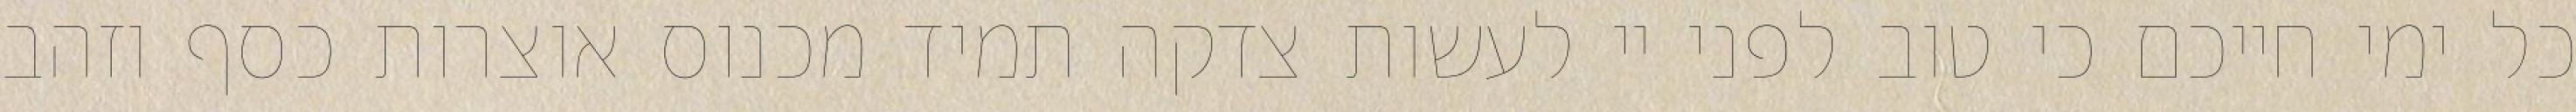
כל ימי חייכם כי טוב לפני יי לעשות צדקה תמיד מכנוס אוצרות כסף וזהב